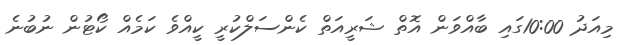
މިއަދު 10:00ގައި ބާއްވަން އޮތް ޝަރީއަތް ކެންސަލްކުރީ ކީއްްވެ ކަމެއް ކޯޓުން ނުބުނެ